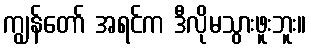
ကျွန်တော် အရင်က ဒီလိုမသွားဖူးဘူး။